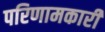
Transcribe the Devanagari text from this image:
परिणामकारी